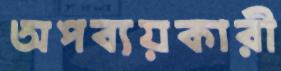
অপব্যয়কারী